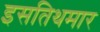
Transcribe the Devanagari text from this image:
इसतिथमार